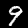
Digit: 9